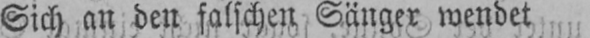
Sich an den falschen Sänger wendet